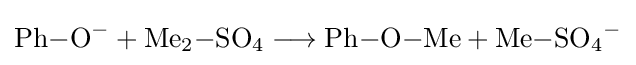
{\mathrm {Ph} {-}\mathrm {O} {\vphantom {A}}^{-}{}+{}\mathrm {Me} {\vphantom {A}}_{\smash[{t}]{2}}{-}\mathrm {SO} {\vphantom {A}}_{\smash[{t}]{4}}{}\mathrel {\longrightarrow } {}\mathrm {Ph} {-}\mathrm {O} {-}\mathrm {Me} {}+{}\mathrm {Me} {-}\mathrm {SO} {\vphantom {A}}_{\smash[{t}]{4}}{\vphantom {A}}^{-}}